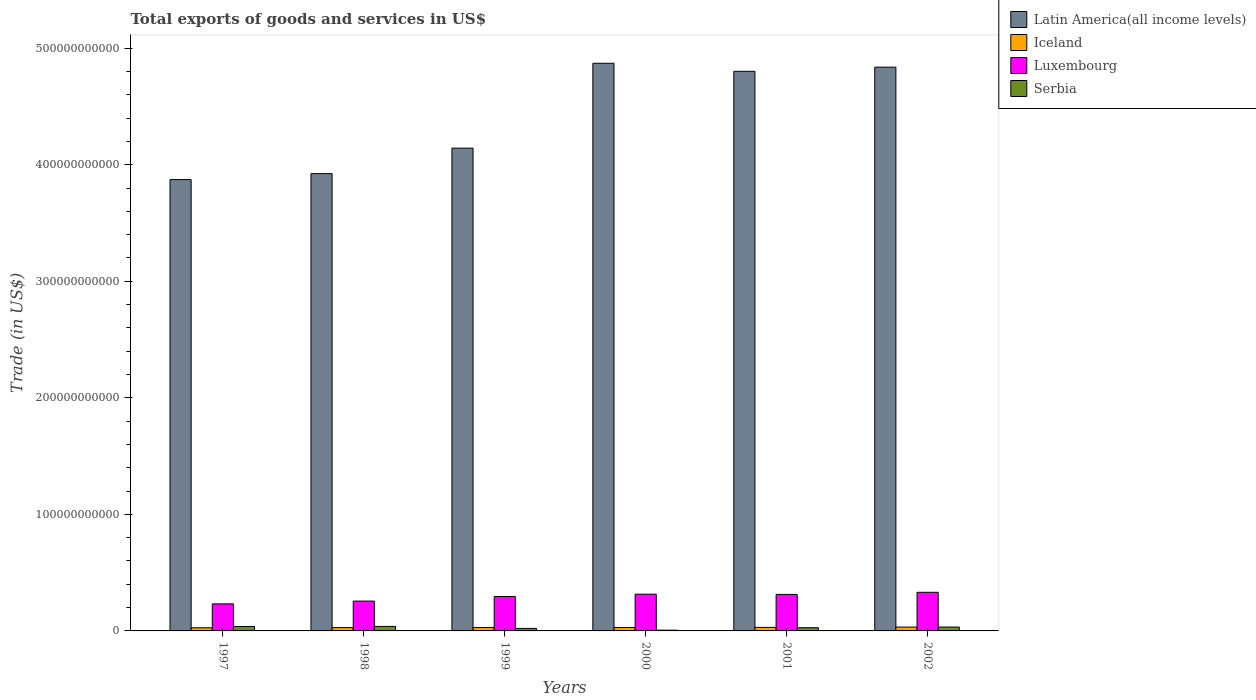
| Years | Latin America(all income levels) | Iceland | Luxembourg | Serbia |
 | --- | --- | --- | --- | --- |
 | 1997 | 3.87e+11 | 2.69e+09 | 2.32e+10 | 3.78e+09 |
 | 1998 | 3.92e+11 | 2.87e+09 | 2.56e+10 | 3.87e+09 |
 | 1999 | 4.14e+11 | 2.92e+09 | 2.95e+10 | 2.16e+09 |
 | 2000 | 4.87e+11 | 2.9e+09 | 3.15e+10 | 6.44e+08 |
 | 2001 | 4.8e+11 | 3.04e+09 | 3.13e+10 | 2.75e+09 |
 | 2002 | 4.84e+11 | 3.3e+09 | 3.31e+10 | 3.33e+09 |